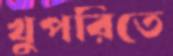
খুপরিতে